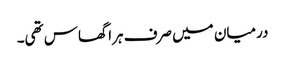
درمیان میں صرف ہرا گھاس تھی۔